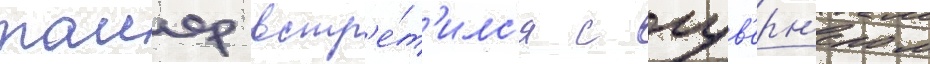
таиер встр'е́т'илс'я с гув'ерн'ером